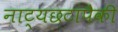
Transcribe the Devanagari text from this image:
नाट्यछटांपैकी